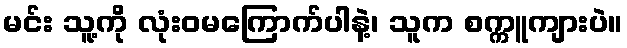
မင်း သူ့ကို လုံးဝမကြောက်ပါနဲ့၊ သူက စက္ကူကျားပဲ။